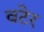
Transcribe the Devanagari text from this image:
वटेर